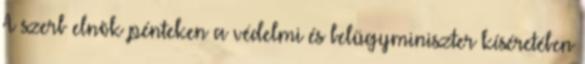
A szerb elnök pénteken a védelmi és belügyminiszter kíséretében